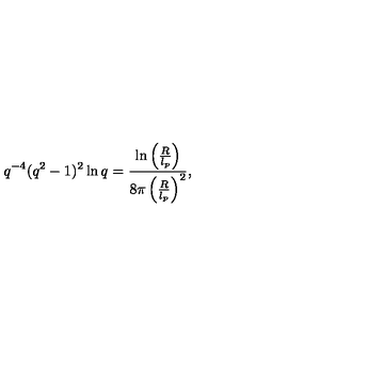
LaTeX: q ^ { - 4 } ( q ^ { 2 } - 1 ) ^ { 2 } \ln q = \frac { \ln \left( \frac { R } { l _ { p } } \right) } { 8 \pi \left( \frac { R } { l _ { p } } \right) ^ { 2 } } ,